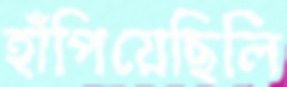
হাঁপিয়েছিলি